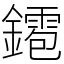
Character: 䥤